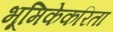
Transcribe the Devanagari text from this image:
भूमिकेकरिता